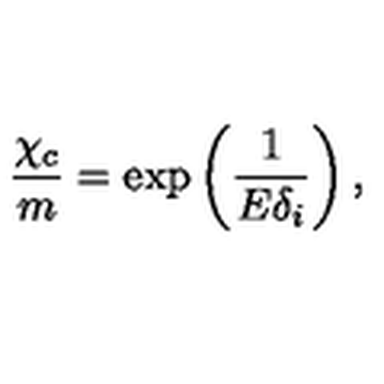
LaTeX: \frac { \chi _ { c } } { m } = \exp \left( \frac { 1 } { E \delta _ { i } } \right) ,